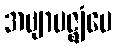
အဗျာပဇ္ဈံပေ